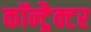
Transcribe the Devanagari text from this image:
कॉन्ट्रैक्टर